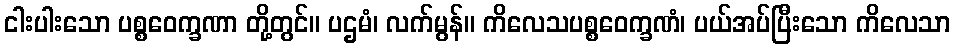
ငါးပါးသော ပစ္စဝေက္ခဏာ တို့တွင်။ ပဌမံ၊ လက်မွန်။ ကိလေသပစ္စဝေက္ခဏံ၊ ပယ်အပ်ပြီးသော ကိလေသာ